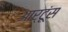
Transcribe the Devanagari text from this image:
आर्टूंस